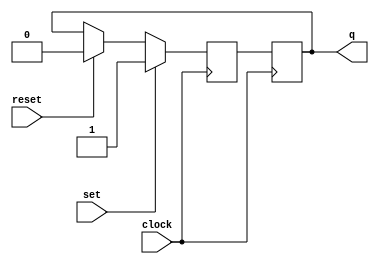
module sr_master_slave_flip_flop(
    input wire set,
    input wire reset,
    input wire clock,
    output reg q
);

reg master_q, slave_q;

always @(posedge clock) begin
    if (set)
        master_q <= 1'b1;
    else if (reset)
        master_q <= 1'b0;
    else
        master_q <= q;
end

always @(negedge clock) begin
    slave_q <= master_q;
end

assign q = slave_q;

endmodule